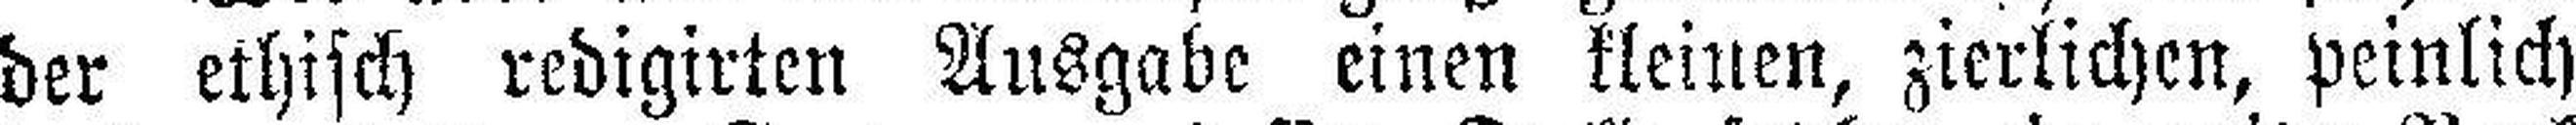
der ethisch redigirten Ausgabe einen kleinen, zierlichen, peinlich